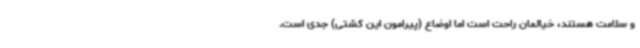
و سلامت هستند، خیالمان راحت است اما اوضاع (پیرامون این کشتی) جدی است.